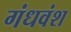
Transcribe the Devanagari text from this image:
गंधवंश